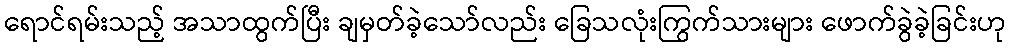
ရောင်ရမ်းသည့် အသာထွက်ပြီး ချမှတ်ခဲ့သော်လည်း ခြေသလုံးကြွက်သားများ ဖောက်ခွဲခဲ့ခြင်းဟု